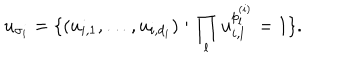
u _ { \sigma _ { i } } = \{ ( u _ { i , 1 } , \ldots , u _ { i , d _ { i } } ) : \prod _ { l } u _ { i , l } ^ { p _ { l } ^ { ( i ) } } = 1 \} .